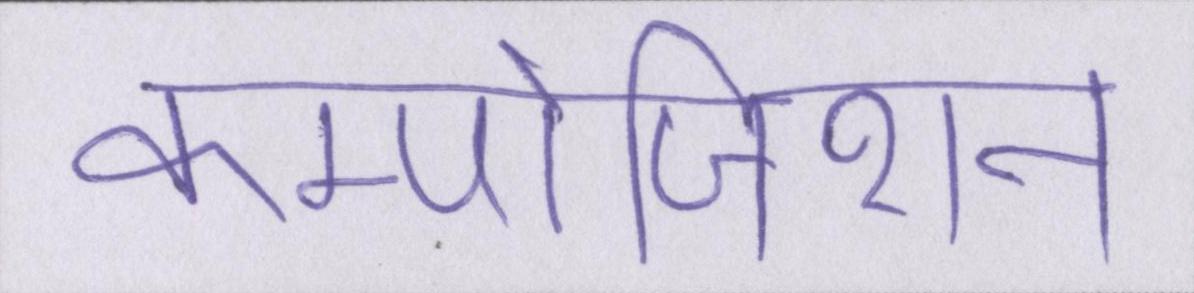
कम्पोजिशन